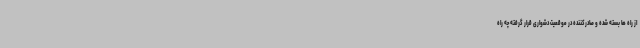
از راه ها بسته شده و صادرکننده در موقعیت دشواری قرار گرفته چه راه